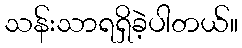
သန်းသာရရှိခဲ့ပါတယ်။